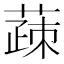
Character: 䔫